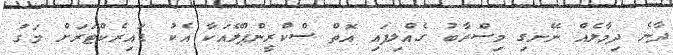
ދާނެ ދިމާލެއް ނޭނގި މިސްރާބު ގެއްލިފައި އޮތް ސްކްރީންޕްލޭއަކާ އެކު ޑައިރެކްޓަރަށް މަގު